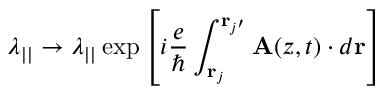
\lambda _ { | | } \to \lambda _ { | | } \exp \left[ i \frac { e } { \hbar } \int _ { { \bf r } _ { j } } ^ { { \bf r } _ { j ^ { \prime } } } { \bf A } ( z , t ) \cdot d { \bf r } \right]